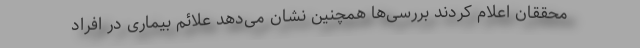
محققان اعلام کردند بررسی‌ها همچنین نشان می‌دهد علائم بیماری در افراد